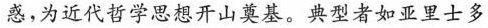
惑，为近代哲学思想开山奠基。典型者如亚里士多